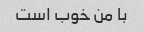
با من خوب است